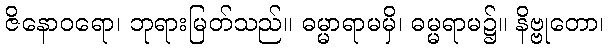
ဇိနောဝရော၊ ဘုရားမြတ်သည်။ ဓမ္မာရာမမှိ၊ ဓမ္မရာမ၌။ နိဗ္ဗုတော၊